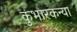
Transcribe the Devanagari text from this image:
कुंभारकन्या